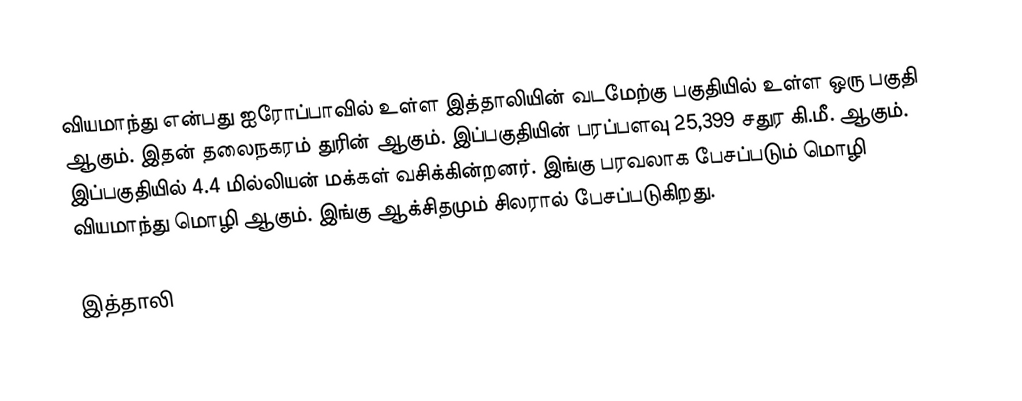
வியமாந்து என்பது ஐரோப்பாவில் உள்ள இத்தாலியின் வடமேற்கு பகுதியில் உள்ள ஒரு பகுதி ஆகும். இதன் தலைநகரம் துரின் ஆகும். இப்பகுதியின் பரப்பளவு 25,399 சதுர கி.மீ. ஆகும். இப்பகுதியில் 4.4 மில்லியன் மக்கள் வசிக்கின்றனர். இங்கு பரவலாக பேசப்படும் மொழி வியமாந்து மொழி ஆகும். இங்கு ஆக்சிதமும் சிலரால் பேசப்படுகிறது.

இத்தாலி